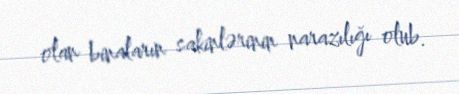
olan binaların sakinlərinin narazılığı olub.